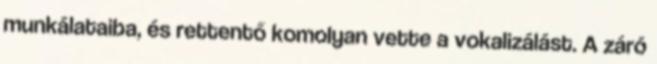
munkálataiba, és rettentő komolyan vette a vokalizálást. A záró